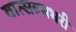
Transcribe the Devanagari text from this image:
वात्सल्यभरी